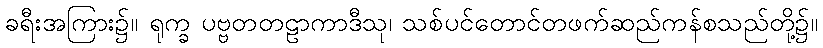
ခရီးအကြား၌။ ရုက္ခ ပဗ္ဗတတဠာကာဒီသု၊ သစ်ပင်တောင်တဖက်ဆည်ကန်စသည်တို့၌။